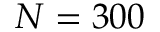
N = 3 0 0